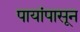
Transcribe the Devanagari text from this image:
पायांपासून